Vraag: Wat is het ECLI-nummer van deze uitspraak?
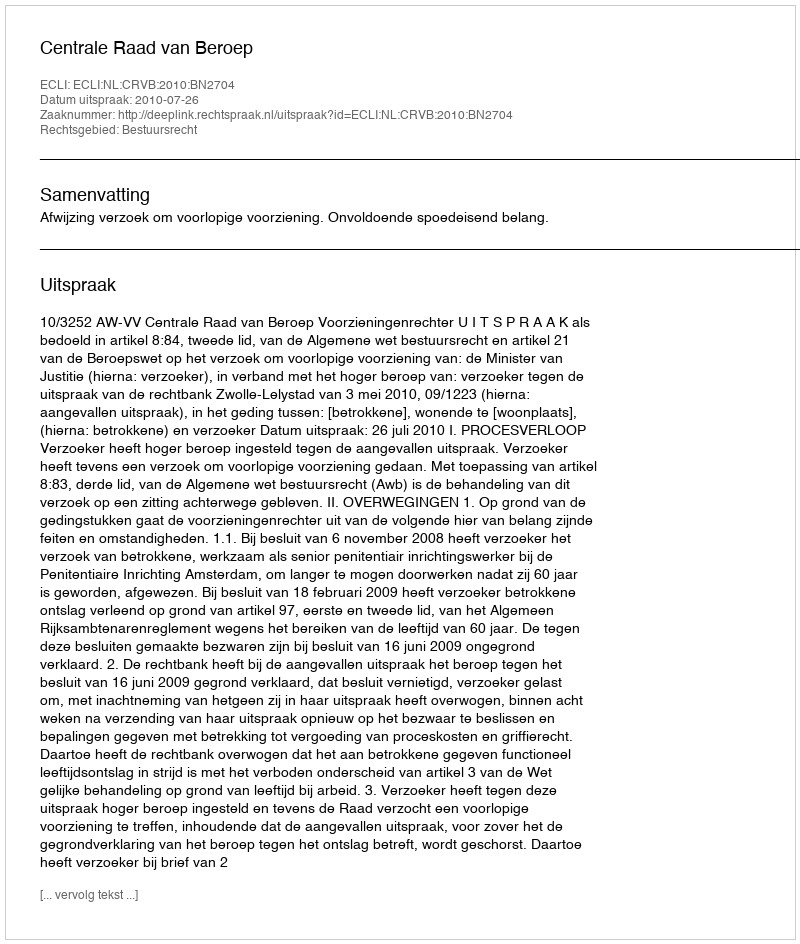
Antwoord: ECLI:NL:CRVB:2010:BN2704